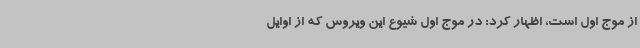
از موج اول است، اظهار کرد: در موج اول شیوع این ویروس که از اوایل